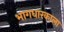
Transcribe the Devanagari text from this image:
भागधारकाला